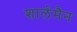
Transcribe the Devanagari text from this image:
शार्लमैन